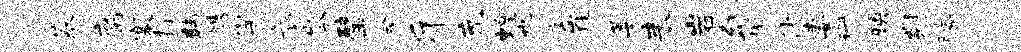
蓁腐寨打韩艘竽衣岑璧会斤充蝗也斋崔萎耒岩勾撤彼妻珊映剡胯